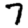
Digit: 7